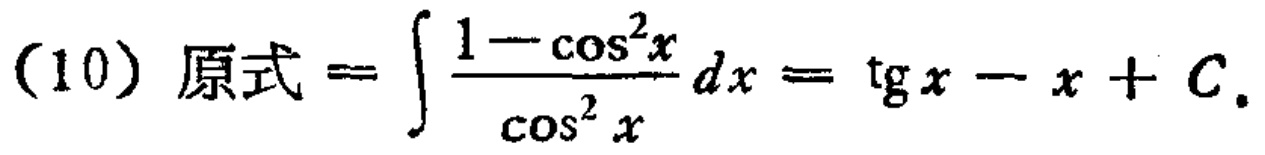
(10) 原式\(=\int \frac{1 - \cos^{2}x}{\cos^{2}x}dx=\text{tg}x - x + C\)